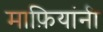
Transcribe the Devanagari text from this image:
माफ़ियांनी